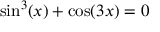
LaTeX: \sin ^ { 3 } ( x ) + \cos ( 3 x ) = 0